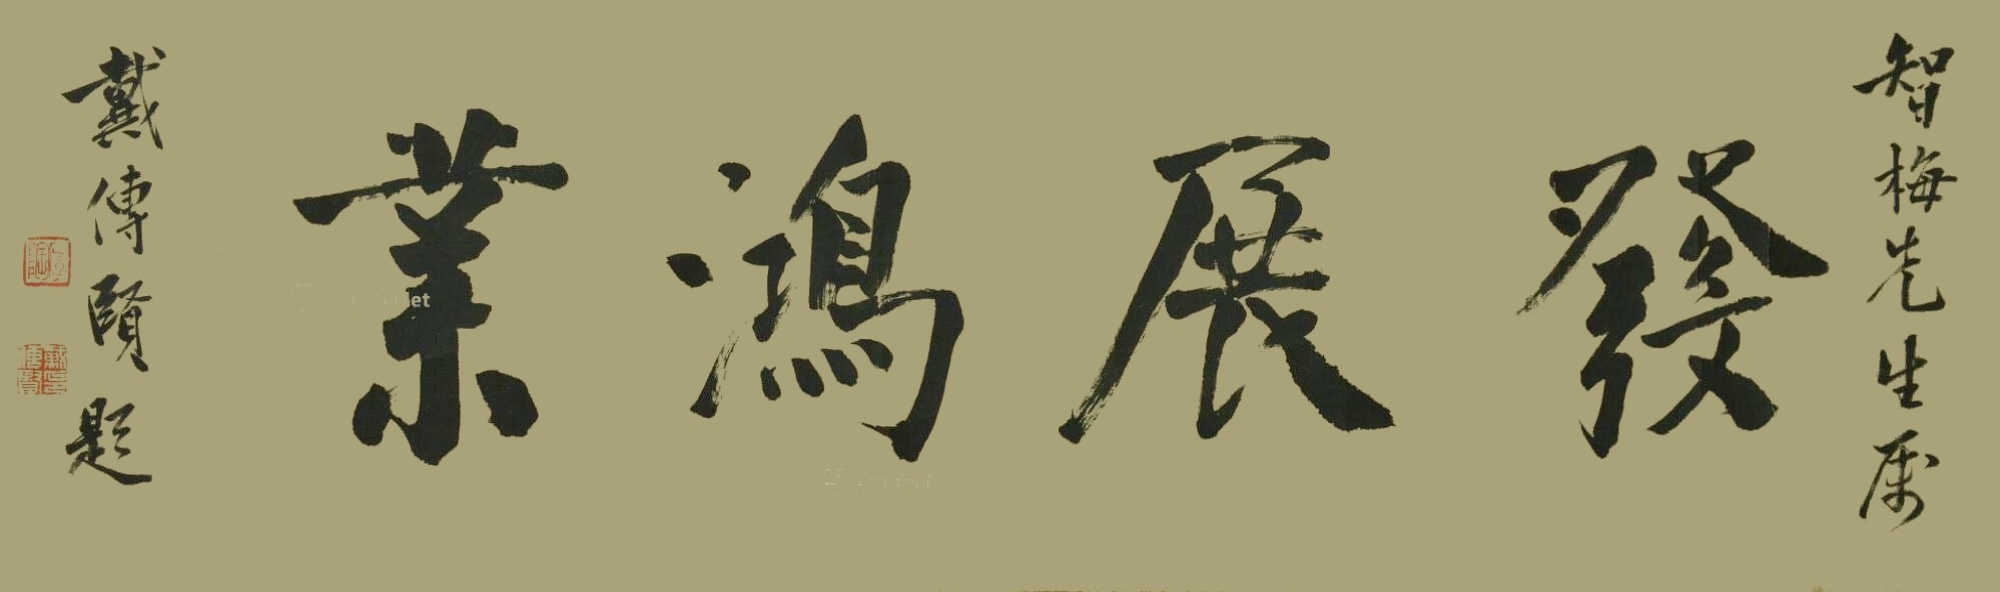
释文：智梅先生属，发展鸿业，戴传贤题